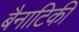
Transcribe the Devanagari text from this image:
बैनाटिकी